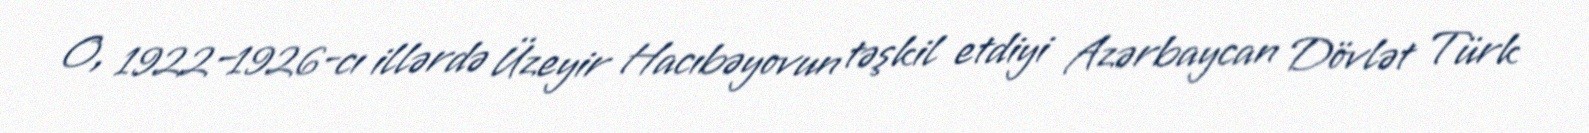
O, 1922–1926-cı illərdə Üzeyir Hacıbəyovun təşkil etdiyi Azərbaycan Dövlət Türk